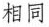
相同